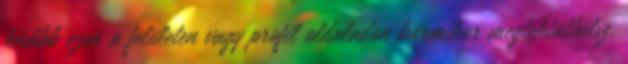
később ezen a felületen vagy profil oldaladon bármikor megtekinthetsz.